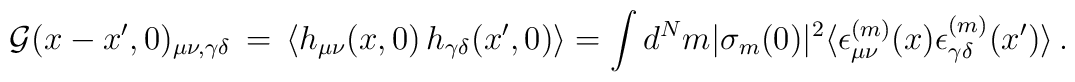
{\cal G}(x-x',0)_{\mu\nu,\gamma\delta}\, = \,\langle  h_{\mu\nu}(x,0) \,h_{\gamma\delta}(x',0) \rangle = \int d^N m |\sigma_m(0)|^2  \langle\epsilon_{\mu\nu}^{(m)}(x) \epsilon_{\gamma\delta}^{(m)}(x')\rangle \,.